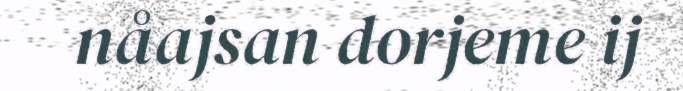
nåajsan dorjeme ij